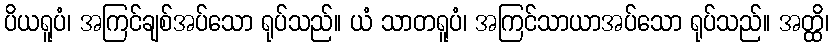
ပိယရူပံ၊ အကြင်ချစ်အပ်သော ရုပ်သည်။ ယံ သာတရူပံ၊ အကြင်သာယာအပ်သော ရုပ်သည်။ အတ္ထိ၊